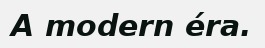
A modern éra.